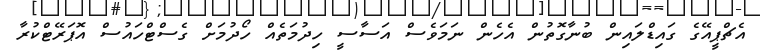
އެޗްޕީއޭގެ ގައިޑްލައިން ބުނާގޮތުން އެހެން ނަމަވެސް އަސާސީ ހިދުމަތެއް ހޯދުމަށް ގެސްޓްހައުސް އޮޕަރޭޓްކުރާ